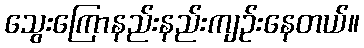
သွေးကြောနည်းနည်းကျဉ်းနေတယ်။